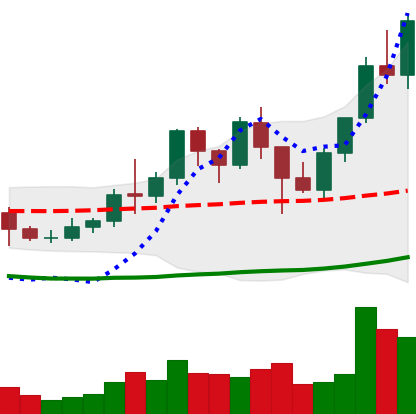
Ticker: LINK-USD
Chart end date: 2021-01-17
Forward return: -6.636%
Label: down_5_7